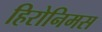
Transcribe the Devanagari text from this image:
हिरोनिमस